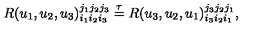
R ( u _ { 1 } , u _ { 2 } , u _ { 3 } ) _ { i _ { 1 } i _ { 2 } i _ { 3 } } ^ { j _ { 1 } j _ { 2 } j _ { 3 } } \stackrel { \tau } { = } R ( u _ { 3 } , u _ { 2 } , u _ { 1 } ) _ { i _ { 3 } i _ { 2 } i _ { 1 } } ^ { j _ { 3 } j _ { 2 } j _ { 1 } } ,